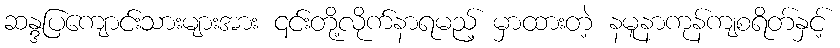
ဆန္ဒပြကျောင်းသားများအား ၎င်းတို့လိုက်နာရမည့် မှာထားတဲ့ နမူနာကုန်ကျစရိတ်နှင့်